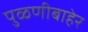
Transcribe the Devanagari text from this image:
पुळणीबाहेर